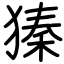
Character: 獉